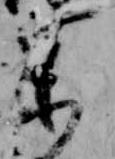
参